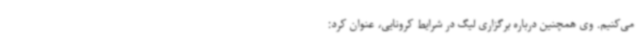
می‌کنیم. وی همچنین درباره برگزاری لیگ در شرایط کرونایی، عنوان کرد: